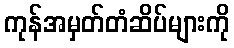
ကုန်အမှတ်တံဆိပ်များကို